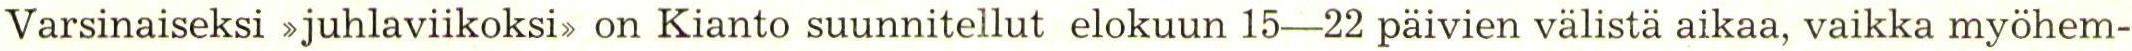
Varsinaiseksi >juhlaviikoksi> on Kianto suunnitellut elokuun 15-22 päivien välistä aikaa, vaikka myöhem-